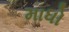
માધો